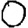
Digit: 0